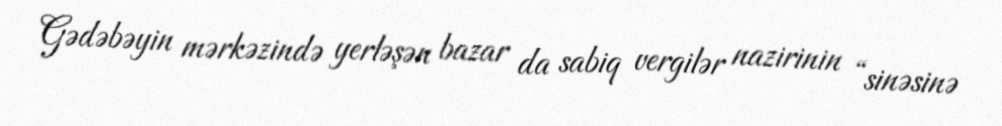
Gədəbəyin mərkəzində yerləşən bazar da sabiq vergilər nazirinin “sinəsinə